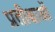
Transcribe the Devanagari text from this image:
प्रतीक्षाओं